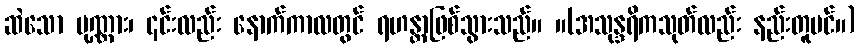
ဆဲသော ပုဏ္ဏား၊ ၎င်းလည်း နောက်ကာလတွင် ရဟန္တာဖြစ်သွားသည်။ ။(အသုန္ဒရိကသုတ်လည်း နည်းတူပင်။)